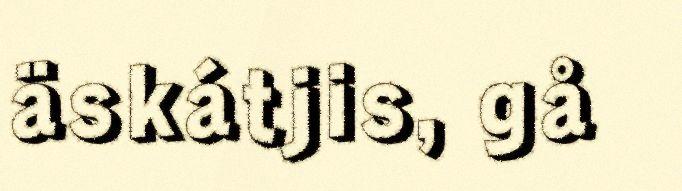
äskátjis, gå